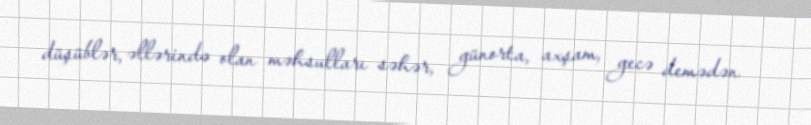
düşüblər, əllərində olan məhsulları səhər, günorta, axşam, gecə demədən